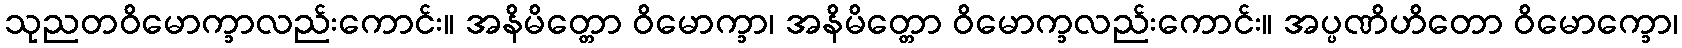
သုညတဝိမောက္ခာလည်းကောင်း။ အနိမိတ္တော ဝိမောက္ခာ၊ အနိမိတ္တော ဝိမောက္ခလည်းကောင်း။ အပ္ပဏိဟိတော ဝိမောက္ခော၊